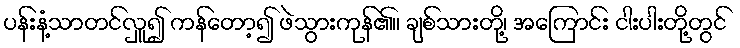
ပန်းနံ့သာတင်လှူ၍ ကန်တော့၍ ဖဲသွားကုန်၏။ ချစ်သားတို့၊ အကြောင်း ငါးပါးတို့တွင်